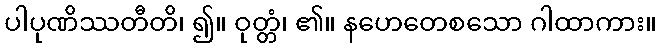
ပါပုဏိဿတီတိ၊ ၍။ ဝုတ္တံ၊ ၏။ နဟေတေစသော ဂါထာကား။